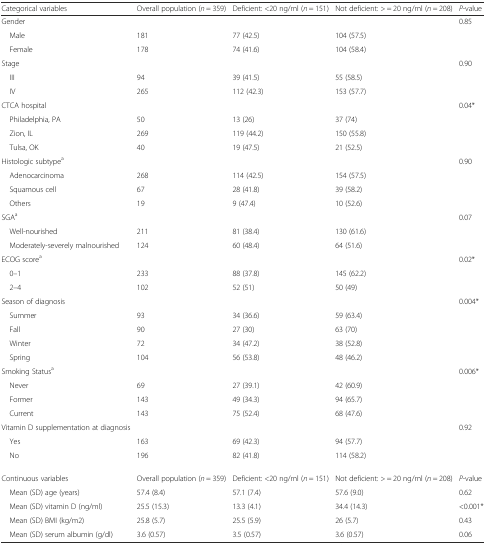
<table><thead><tr><td><b>Categorical variables</b></td><td><b>Overall population (<i>n</i> = 359)</b></td><td><b>Deficient: &lt;20 ng/ml (<i>n</i> = 151)</b></td><td><b>Not deficient: &gt; = 20 ng/ml (<i>n</i> = 208)</b></td><td><b><i>P</i>-value</b></td></tr></thead><tbody><tr><td>Gender</td><td></td><td></td><td></td><td>0.85</td></tr><tr><td> Male</td><td>181</td><td>77 (42.5)</td><td>104 (57.5)</td><td></td></tr><tr><td> Female</td><td>178</td><td>74 (41.6)</td><td>104 (58.4)</td><td></td></tr><tr><td>Stage</td><td></td><td></td><td></td><td>0.90</td></tr><tr><td> III</td><td>94</td><td>39 (41.5)</td><td>55 (58.5)</td><td></td></tr><tr><td> IV</td><td>265</td><td>112 (42.3)</td><td>153 (57.7)</td><td></td></tr><tr><td>CTCA hospital</td><td></td><td></td><td></td><td>0.04*</td></tr><tr><td> Philadelphia, PA</td><td>50</td><td>13 (26)</td><td>37 (74)</td><td></td></tr><tr><td> Zion, IL</td><td>269</td><td>119 (44.2)</td><td>150 (55.8)</td><td></td></tr><tr><td> Tulsa, OK</td><td>40</td><td>19 (47.5)</td><td>21 (52.5)</td><td></td></tr><tr><td>Histologic subtype<sup>a</sup></td><td></td><td></td><td></td><td>0.90</td></tr><tr><td> Adenocarcinoma</td><td>268</td><td>114 (42.5)</td><td>154 (57.5)</td><td></td></tr><tr><td> Squamous cell</td><td>67</td><td>28 (41.8)</td><td>39 (58.2)</td><td></td></tr><tr><td> Others</td><td>19</td><td>9 (47.4)</td><td>10 (52.6)</td><td></td></tr><tr><td>SGA<sup>a</sup></td><td></td><td></td><td></td><td>0.07</td></tr><tr><td> Well-nourished</td><td>211</td><td>81 (38.4)</td><td>130 (61.6)</td><td></td></tr><tr><td> Moderately-severely malnourished</td><td>124</td><td>60 (48.4)</td><td>64 (51.6)</td><td></td></tr><tr><td>ECOG score<sup>a</sup></td><td></td><td></td><td></td><td>0.02*</td></tr><tr><td> 0–1</td><td>233</td><td>88 (37.8)</td><td>145 (62.2)</td><td></td></tr><tr><td> 2–4</td><td>102</td><td>52 (51)</td><td>50 (49)</td><td></td></tr><tr><td>Season of diagnosis</td><td></td><td></td><td></td><td>0.004*</td></tr><tr><td> Summer</td><td>93</td><td>34 (36.6)</td><td>59 (63.4)</td><td></td></tr><tr><td> Fall</td><td>90</td><td>27 (30)</td><td>63 (70)</td><td></td></tr><tr><td> Winter</td><td>72</td><td>34 (47.2)</td><td>38 (52.8)</td><td></td></tr><tr><td> Spring</td><td>104</td><td>56 (53.8)</td><td>48 (46.2)</td><td></td></tr><tr><td>Smoking Status<sup>a</sup></td><td></td><td></td><td></td><td>0.006*</td></tr><tr><td> Never</td><td>69</td><td>27 (39.1)</td><td>42 (60.9)</td><td></td></tr><tr><td> Former</td><td>143</td><td>49 (34.3)</td><td>94 (65.7)</td><td></td></tr><tr><td> Current</td><td>143</td><td>75 (52.4)</td><td>68 (47.6)</td><td></td></tr><tr><td>Vitamin D supplementation at diagnosis</td><td></td><td></td><td></td><td>0.92</td></tr><tr><td> Yes</td><td>163</td><td>69 (42.3)</td><td>94 (57.7)</td><td></td></tr><tr><td> No</td><td>196</td><td>82 (41.8)</td><td>114 (58.2)</td><td></td></tr><tr><td>Continuous variables</td><td>Overall population (<i>n</i> = 359)</td><td>Deficient: &lt;20 ng/ml (<i>n</i> = 151)</td><td>Not deficient: &gt; = 20 ng/ml (<i>n</i> = 208)</td><td><i>P</i>-value</td></tr><tr><td> Mean (SD) age (years)</td><td>57.4 (8.4)</td><td>57.1 (7.4)</td><td>57.6 (9.0)</td><td>0.62</td></tr><tr><td> Mean (SD) vitamin D (ng/ml)</td><td>25.5 (15.3)</td><td>13.3 (4.1)</td><td>34.4 (14.3)</td><td>&lt;0.001*</td></tr><tr><td> Mean (SD) BMI (kg/m2)</td><td>25.8 (5.7)</td><td>25.5 (5.9)</td><td>26 (5.7)</td><td>0.43</td></tr><tr><td> Mean (SD) serum albumin (g/dl)</td><td>3.6 (0.57)</td><td>3.5 (0.57)</td><td>3.6 (0.57)</td><td>0.06</td></tr></tbody></table>